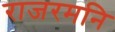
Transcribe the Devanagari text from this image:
राजरमनि